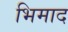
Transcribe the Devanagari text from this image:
भिमाद